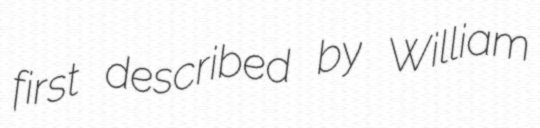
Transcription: first described by William